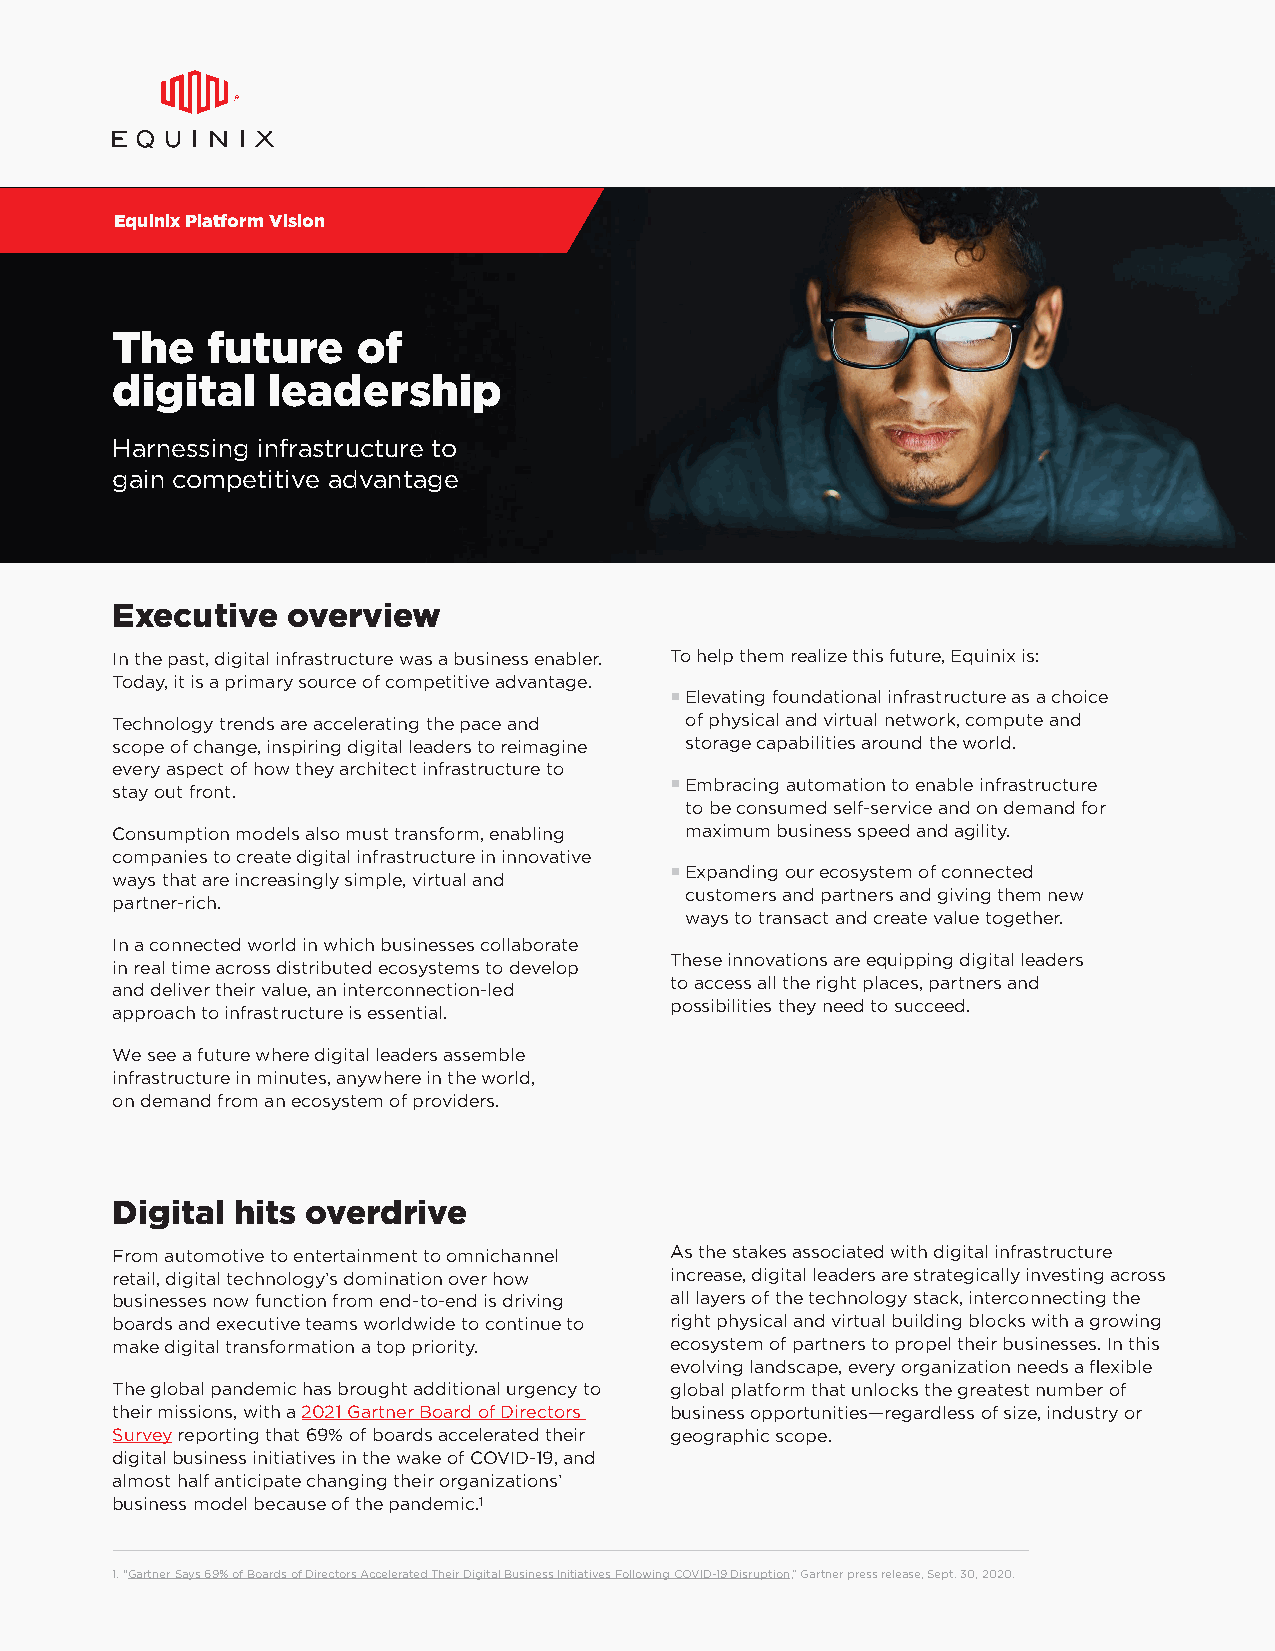
Equinix Platform Vision
 The    future    of
 digital    leadership
 Harnessing infrastructure to
 gain competitive advantage
 Executive   overview
 In the past, digital infrastructure was a business enabler. To help them realize this future, Equinix is:
 Today, it is a primary source of competitive advantage.
 § Elevating foundational infrastructure as a choice
 Technology trends are accelerating the pace and of physical and virtual network, compute and
 scope of change, inspiring digital leaders to reimagine storage capabilities around the world.
 every aspect of how they architect infrastructure to
 § Embracing automation to enable infrastructure
 stay out front.
 to be consumed self-service and on demand for
 Consumption models also must transform, enabling maximum business speed and agility.
 companies to create digital infrastructure in innovative
 § Expanding our ecosystem of connected
 ways that are increasingly simple, virtual and
 customers and partners and giving them new
 partner-rich.
 ways to transact and create value together.
 In a connected world in which businesses collaborate
 These innovations are equipping digital leaders
 in real time across distributed ecosystems to develop
 to access all the right places, partners and
 and deliver their value, an interconnection-led
 possibilities they need to succeed.
 approach to infrastructure is essential.
 We see a future where digital leaders assemble
 infrastructure in minutes, anywhere in the world,
 on demand from an ecosystem of providers.
 Digital  hits overdrive
 From automotive to entertainment to omnichannel As the stakes associated with digital infrastructure
 retail, digital technology’s domination over how increase, digital leaders are strategically investing across
 businesses now function from end-to-end is driving all layers of the technology stack, interconnecting the
 boards and executive teams worldwide to continue to right physical and virtual building blocks with a growing
 make digital transformation a top priority. ecosystem of partners to propel their businesses. In this
 evolving landscape, every organization needs a flexible
 The global pandemic has brought additional urgency to global platform that unlocks the greatest number of
 their missions, with a 2021 Gartner Board of Directors business opportunities—regardless of size, industry or
 Survey reporting that 69% of boards accelerated their geographic scope.
 digital business initiatives in the wake of COVID-19, and
 almost half anticipate changing their organizations’
 business model because of the pandemic.1
 1. “Gartner Says 69% of Boards of Directors Accelerated Their Digital Business Initiatives Following COVID-19 Disruption,” Gartner press release, Sept. 30, 2020.